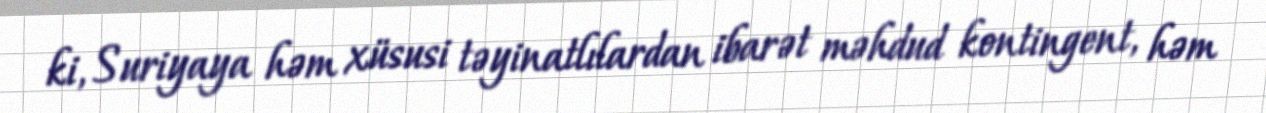
ki, Suriyaya həm xüsusi təyinatlılardan ibarət məhdud kontingent, həm